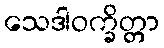
သေဒါဝက္ခိတ္တာ